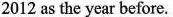
2012 as the year before.